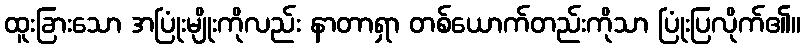
ထူးခြားသော အပြုံးမျိုးကိုလည်း နာတာရှာ တစ်ယောက်တည်းကိုသာ ပြုံးပြလိုက်၏။